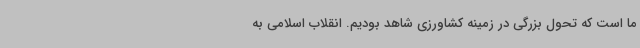
ما است که تحول بزرگی در زمینه کشاورزی شاهد بودیم. انقلاب اسلامی به